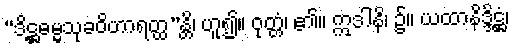
“ဒိဋ္ဌဓမ္မသုခဝိဟာရတ္ထ”န္တိ၊ ဟူ၍။ ဝုတ္တံ၊ ၏။ ဣဒါနိ၊ ၌။ ယထာနိဒ္ဒိဋ္ဌံ၊